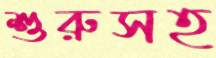
শুরুসহ